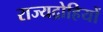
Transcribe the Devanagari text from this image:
राज्यद्रोहियों